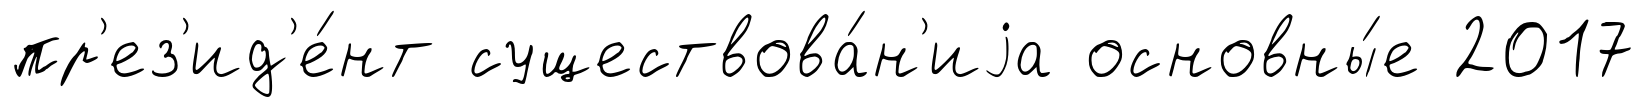
пр'ез'ид'е́нт существова́н'иjа основны́е 2017